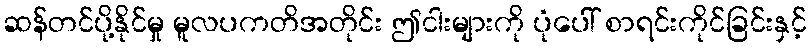
ဆန်တင်ပို့နိုင်မှု မူလပကတိအတိုင်း ဤငါးများကို ပုံပေါ် စာရင်းကိုင်ခြင်းနှင့်